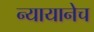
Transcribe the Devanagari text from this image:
न्यायानेच